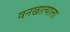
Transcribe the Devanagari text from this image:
वनखात्याला